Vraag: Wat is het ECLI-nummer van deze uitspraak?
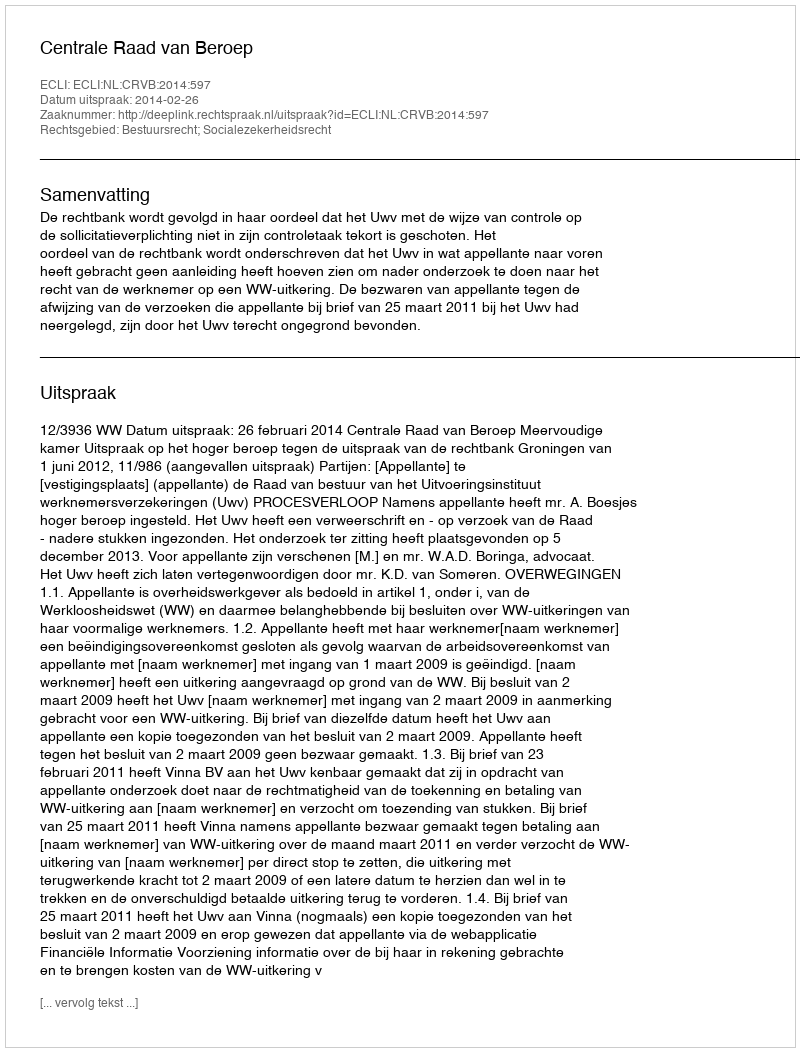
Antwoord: ECLI:NL:CRVB:2014:597